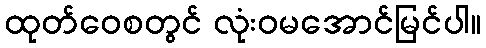
ထုတ်ဝေစတွင် လုံးဝမအောင်မြင်ပါ။